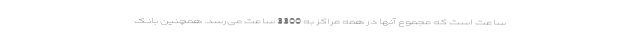
ساعت است که مجموع آنها در همه مراکز به 3300 ساعت می‌رسد. همچنین بانک